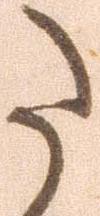
た